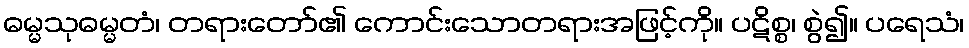
ဓမ္မသုဓမ္မတံ၊ တရားတော်၏ ကောင်းသောတရားအဖြင့်ကို။ ပဋိစ္စ၊ စွဲ၍။ ပရေသံ၊